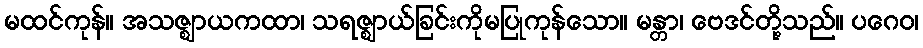
မထင်ကုန်။ အသဇ္ဈာယကထာ၊ သရဇ္ဈာယ်ခြင်းကိုမပြုကုန်သော။ မန္တာ၊ ဗေဒင်တို့သည်။ ပဂေဝ၊